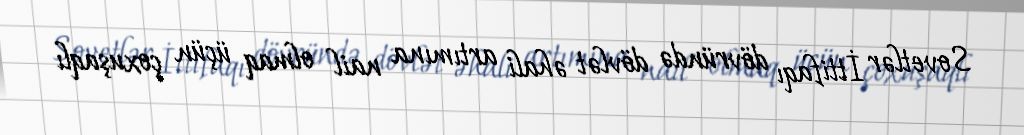
Sovetlər İttifaqı dövründə dövlət əhali artımına nail olmaq üçün çoxuşaqlı